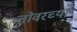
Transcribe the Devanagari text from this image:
तोवरच्या